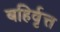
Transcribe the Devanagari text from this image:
बहिर्वृत्त